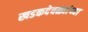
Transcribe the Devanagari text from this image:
खडकदेवळ्यांच्या